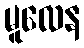
မူလေန